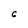
Character: 6